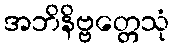
အဘိနိဗ္ဗတ္တေသုံ